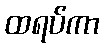
ထရပ်ကာ